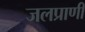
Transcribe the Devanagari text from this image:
जलप्राणी